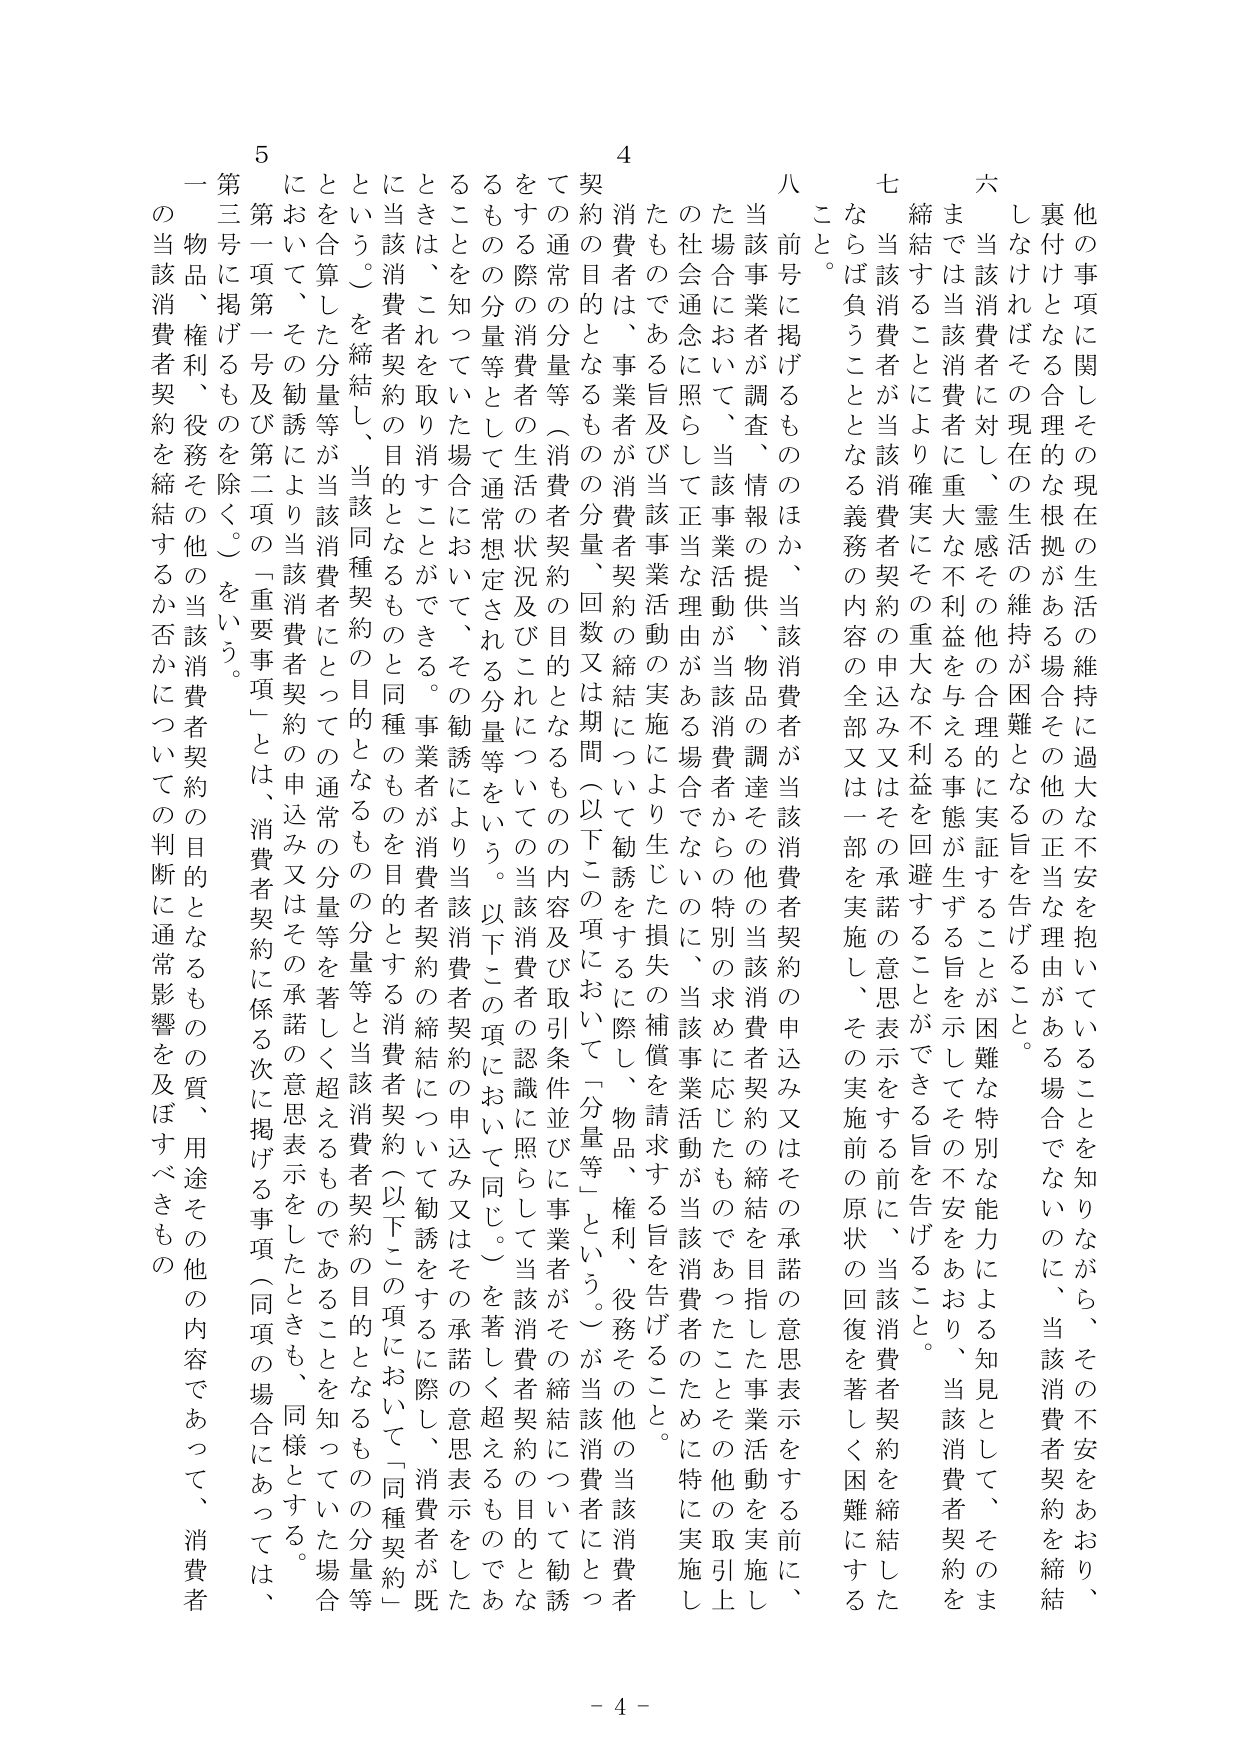
他の事項に関してその現在の生活の維持に過大な不安を抱いていることを知りながら、その不安をあおり、裏付けとなる合理的な根拠がある場合その他の正当な理由がある場合でないのに、当該消費者契約を締結しなければその現在の生活の維持が困難となる旨を告げること。

六  までは当該消費者に対し、霊感その他の合理的に実証することが困難な特別な能力による知見として、そのま
締結することにより確実にその重大な不利益を与える事態が生ずる旨を示してその不安をあおり、当該消費者契約を

七  当該消費者が当該消費者契約の申込み又はその承諾の意思表示をする前に、当該消費者契約を締結した
ならば負うこととなる義務の内容の全部又は一部を実施し、その実施前の原状の回復を著しく困難にする
こと。

八  前号に掲げるもののほか、当該消費者が当該消費者契約の申込み又はその承諾の意思表示をする前に、
当該事業者が調査、情報の提供、物品の調達その他の当該消費者契約の締結を目指した事業活動を実施し
た場合において、当該事業活動が当該消費者からの特別の求めに応じたものであったことその他の取引上
の社会通念に照らして正当な理由がある場合でないのに、当該事業活動が当該消費者のために特に実施し
たものである旨及び当該事業活動の実施により生じた損失の補償を請求する旨を告げること。

4  消費者は、事業者が消費者契約の締結について勧誘をするに際し、物品、権利、役務その他の当該消費者
契約の目的となるものの分量、回数又は期間（以下この項において「分量等」という。）が当該消費者にとっ
ての通常の分量等（消費者契約の目的となるものの内容及び取引条件並びに事業者がその締結について勧誘
をする際の消費者の生活の状況及びこれについての当該消費者の認識に照らして当該消費者契約の目的とな
るもの分量等として通常想定される分量等をいう。以下この項において同じ。）を著しく超えるものであ
ることを知っていた場合において、その勧誘により当該消費者契約の申込み又はその承諾の意思表示をした
ときは、これを取り消すことができる。事業者が消費者契約の締結について勧誘をするに際し、消費者が既
に当該消費者契約の目的となるものと同種のものを目的とする消費者契約（以下この項において「同種契約」
という。）を締結し、当該同種契約の目的となるものの分量等と当該消費者契約の目的となるものの分量等
とを合算した分量等が当該消費者にとっての通常の分量等を著しく超えるものであることを知っていた場合
において、その勧誘により当該消費者契約の申込み又はその承諾の意思表示をしたときも、同様とする。

5  第一項第一号及び第二項の「重要事項」とは、消費者契約に係る次に掲げる事項（同項の場合にあっては、
第三号に掲げるものを除く。）をいう。
一 物品、権利、役務その他の当該消費者契約の目的となるものの質、用途その他の内容であって、消費者
の当該消費者契約を締結するか否かについての判断に通常影響を及ぼすべきもの

- 4 -